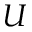
U